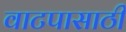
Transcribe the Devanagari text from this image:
वाटपासाठी